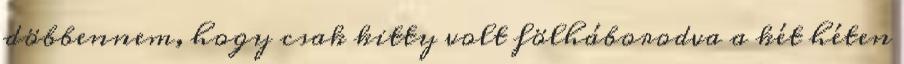
döbbennem, hogy csak kitty volt fölháborodva a két héten